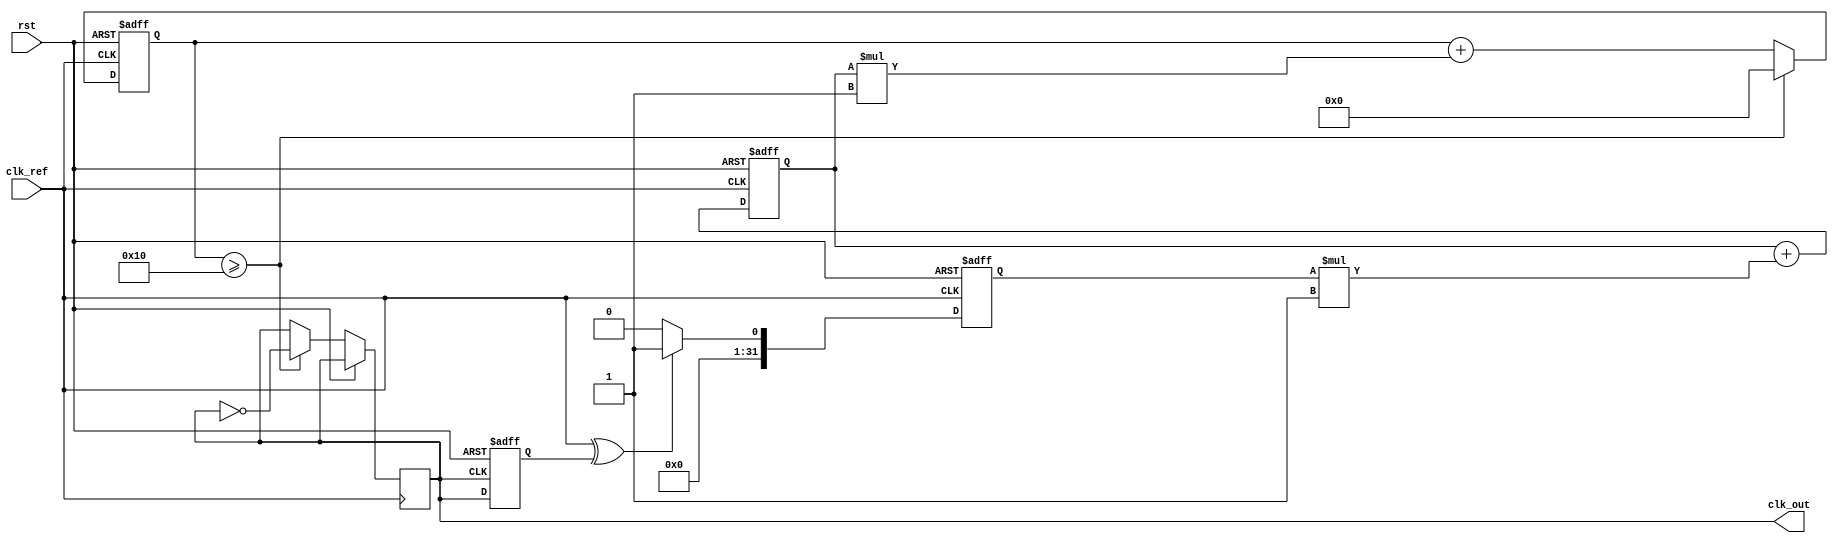
module continuous_time_PLL (
    input wire clk_ref,             // Reference clock input
    input wire rst,                 // Reset signal
    output wire clk_out             // Output clock
);

// Parameters for the PLL
parameter integer DIV_FACTOR = 4; // Frequency division factor
parameter integer K_PD = 1;        // Gain of Phase Detector
parameter integer K_LF = 1;        // Gain of Loop Filter
parameter integer K_VCO = 1;       // Gain of VCO

// Internal signals
reg [31:0] phase_error;            // Phase error signal
reg [31:0] control_voltage;         // Control voltage for VCO
reg [31:0] vco_output;              // Output of the VCO
reg [31:0] vco_counter;             // VCO counter
reg feedback;                       // Feedback signal from VCO

// Phase Detector (PD) - Simple XOR based PD
always @(posedge clk_ref or posedge rst) begin
    if (rst) begin
        phase_error <= 32'b0;
    end else begin
        // Compare reference clock with feedback
        phase_error <= (clk_ref ^ feedback) ? K_PD : 0; // Generate error signal based on phase difference
    end
end

// Loop Filter (LF) - Simple first-order filter
always @(posedge clk_ref or posedge rst) begin
    if (rst) begin
        control_voltage <= 32'b0;
    end else begin
        control_voltage <= control_voltage + (phase_error * K_LF); // Integrate phase error
    end
end

// Voltage-Controlled Oscillator (VCO)
always @(posedge clk_ref or posedge rst) begin
    if (rst) begin
        vco_output <= 32'b0;
        vco_counter <= 32'b0;
    end else begin
        // Update VCO frequency based on control voltage
        vco_counter <= vco_counter + (control_voltage * K_VCO);
        // Generate output clock based on VCO counter
        if (vco_counter >= (1 << DIV_FACTOR)) begin
            clk_out <= ~clk_out; // Toggle output clock
            vco_counter <= 32'b0;
        end
    end
end

// Feedback mechanism - simple frequency divider
always @(posedge clk_out or posedge rst) begin
    if (rst) begin
        feedback <= 1'b0;
    end else begin
        feedback <= clk_out; // Simple feedback of VCO output
    end
end

endmodule